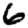
Digit: 6